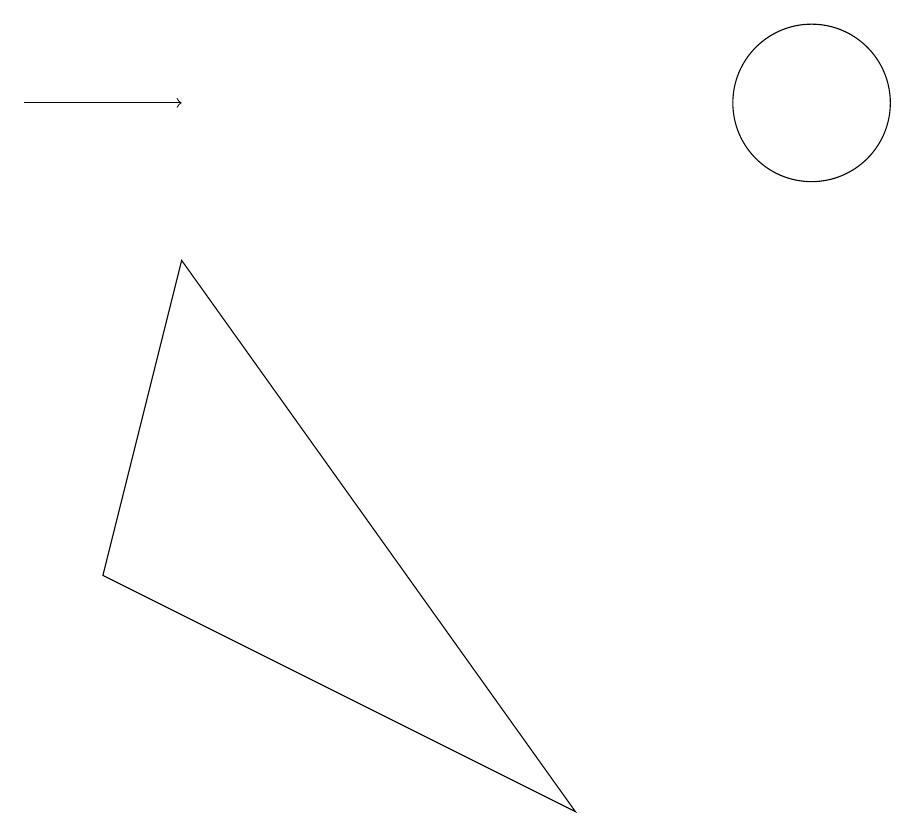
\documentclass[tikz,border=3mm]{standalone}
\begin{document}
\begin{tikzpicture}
\draw[->] (0,10) -- (2,10);
\draw (10,10) circle (1);
\draw (2,8) -- (1,4) -- (7,1) -- cycle;
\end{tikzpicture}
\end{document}